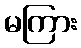
မကြား